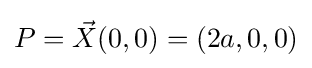
P={\vec {X}}(0,0)=(2a,0,0)